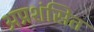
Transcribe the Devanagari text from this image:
अप्रशंसित